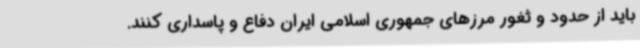
باید از حدود و ثغور مرزهای جمهوری اسلامی ایران دفاع و پاسداری کنند.